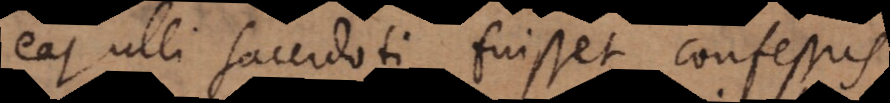
ea ulli sacerdoti fuisset confessus.